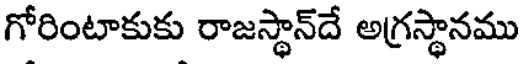
గోరింటాకుకు రాజస్థాన్దే అగ్రస్థానము